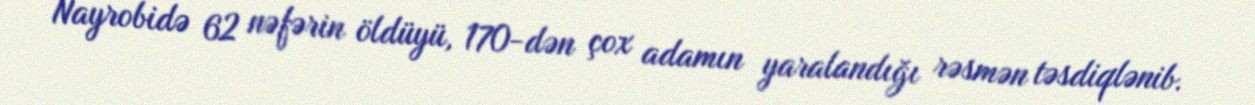
Nayrobidə 62 nəfərin öldüyü, 170-dən çox adamın yaralandığı rəsmən təsdiqlənib.